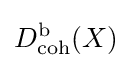
D_{\text{coh}}^{\text{b}}(X)